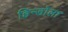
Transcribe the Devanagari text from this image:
हिन्डोला